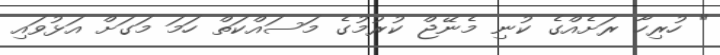
" ހުރިހާ ރަށެއްގެ ކުނި މެނޭޖް ކުރުމުގެ މަސައްކަތް ހަމަ މަގަށް އަޅުވައި